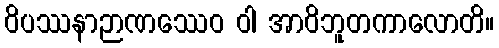
ဝိပဿနာဉာဏဿေဝ ဝါ အာဝိဘူတကာလောတိ။